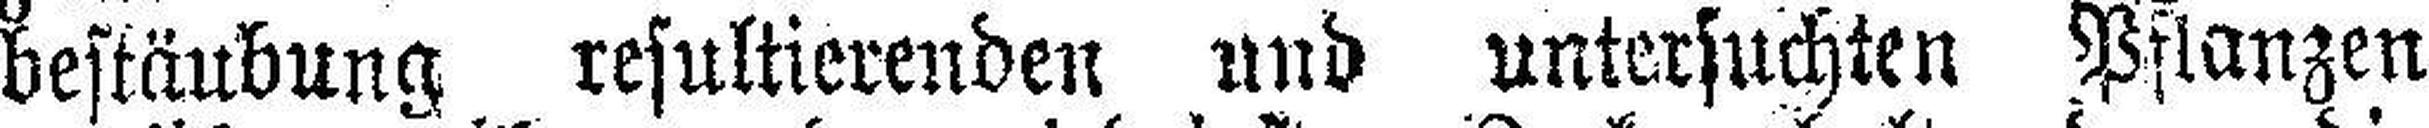
bestäubung resultierenden und untersuchten Pflanzen